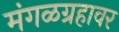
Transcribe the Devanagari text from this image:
मंगळग्रहावर